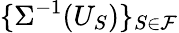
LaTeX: \{ \Sigma^{-1}(U_{S})\} _{S\in\mathcal{F}}